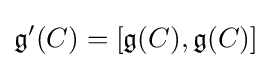
{\mathfrak {g}}'(C)=[{\mathfrak {g}}(C),{\mathfrak {g}}(C)]